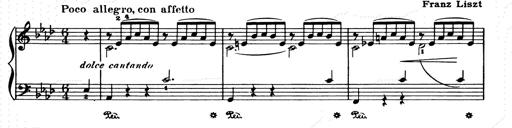
Title: Consolations and LiebestrÃ¤ume for the Piano
Composer: Franz Liszt